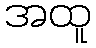
အထူ